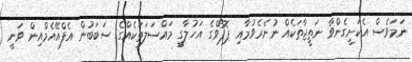
ނަމަވެސް އެކަށީގެންވާ ނަތީޖާތަކެއް ނުނެރެވުމާއި ޕޮޕޯވްގެ އަހުލާގީ މައްސަލަތަކެއްގެ ސަބަބުން އެފްއޭއެމްއިން ވަނީ